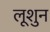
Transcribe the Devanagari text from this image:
लूशुन